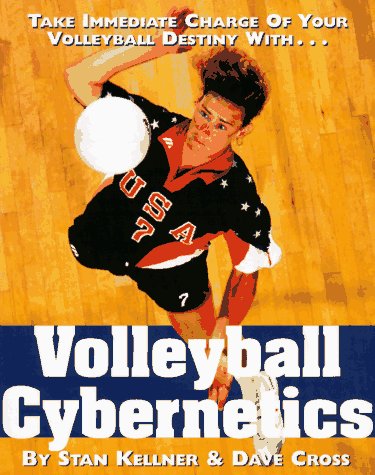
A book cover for Volleyball Cybernetics; Stan Kellner; Computers & Technology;